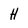
Character: H